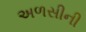
અળસીની